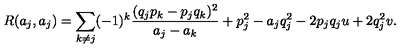
R ( a _ { j } , a _ { j } ) = \sum _ { k \neq j } ( - 1 ) ^ { k } { \frac { ( q _ { j } p _ { k } - p _ { j } q _ { k } ) ^ { 2 } } { a _ { j } - a _ { k } } } + p _ { j } ^ { 2 } - a _ { j } q _ { j } ^ { 2 } - 2 p _ { j } q _ { j } u + 2 q _ { j } ^ { 2 } v .